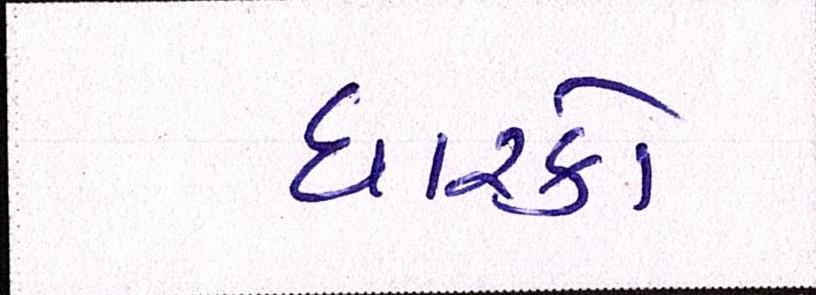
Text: ધારકો